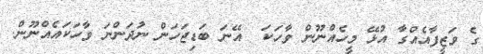
ގެ ވަޒީފާއެއްގާ އުޅޭ މީހެއްނޫން ވާހަކަ  އޭނަ ބަޑިޖަހަން ނުދަންނަ ވާހަކައެއްނޫން.